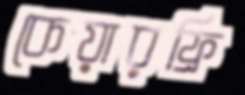
কেয়ারফ্রি